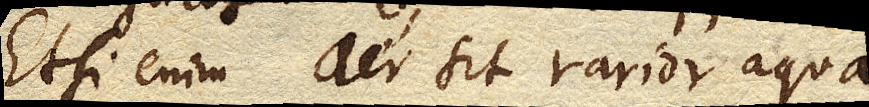
Etsi enim aer sit rarior aqua,